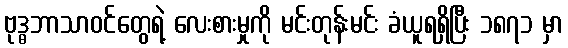
ဗုဒ္ဓဘာသာဝင်တွေရဲ့ လေးစားမှုကို မင်းတုန်းမင်း ခံယူရရှိပြီး ၁၈၇၁ မှာ